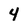
Character: 4